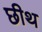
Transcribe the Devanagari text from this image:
छीथ